Report of the Indian Hemp Drugs Commission, 1894-1895 - Volume VII
Year: 1894
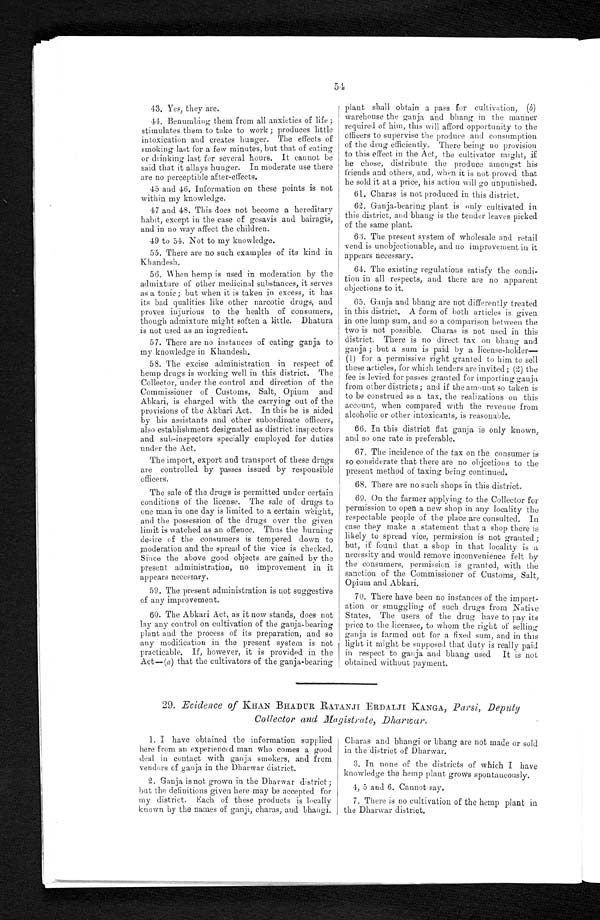
54
43. Yes, they are.
44. Benumbing them from all anxieties of life;
stimulates them to take to work; produces little
intoxication and creates hunger. The effects of
smoking last for a few minutes, but that of eating
or drinking last for several hours. It cannot be
said that it allays hunger. In moderate use there
are no perceptible after-effects.
45 and 46. Information on these points is not
within my knowledge.
47 and 48. This does not become a hereditary
habit, except in the case of gosavis and bairagis,
and in no way affect the children.
49 to 54. Not to my knowledge.
55. There are no such examples of its kind in
Khandesh.
56. When hemp is used in moderation by the
admixture of other medicinal substances, it serves
as a tonic; but when it is taken in excess, it has
its bad qualities like other narcotic drugs, and
proves injurious to the health of consumers,
though admixture might soften a little. Dhatura
is not used as an ingredient.
57. There are no instances of eating ganja to
my knowledge in Khandesh.
58. The excise administration in respect of
hemp drugs is working well in this district. The
Collector, under the control and direction of the
Commissioner of Customs, Salt, Opium and
Abkari, is charged with the carrying out of the
provisions of the Akbari Act. In this he is aided
by his assistants and other subordinate officers,
also establishment designated as district inspectors
and sub-inspectors specially employed for duties
under the Act.
The import, export and transport of these drugs
are controlled by passes issued by responsible
officers.
The sale of the drugs is permitted under certain
conditions of the license. The sale of drugs to
one man in one day is limited to a certain weight,
and the possession of the drugs over the given
limit is watched as an offence. Thus the burning
desire of the consumers is tempered down to
m oderation and the spread of the vice is checked.
Since the above good objects are gained by the
present administration, no improvement in it
appears necessary.
59. The present administration is not suggestive
of any improvement.
60. The Abkari Act, as it now stands, does not
lay any control on cultivation of the ganja-bearing
plant and the process of its preparation, and so
any modification in the present system is not
practicable. If, however, it is provided in the
Act—(a) that the cultivators of the ganja-bearing
plant shall obtain a pass for cultivation, - ( b)
warehouse the ganja and bhang in the manner
required of him, this will afford opportunity to the
officers to supervise the produce and consumption
of the drug efficiently. There being no provision
to this effect in the Act, the cultivator might, if
he chose, distribute the produce amongst his
friends and others, and, when it is not proved that
he sold it at a price, his action will go unpunished.
61. Charas is not produced in this district.
62. Ganja-bearing plant is only cultivated in
this district, and bhang is the tender leaves picked
of the same plant.
63. The present system of wholesale and retail
vend is unobjectionable, and no improvement in it
appears necessary.
64. The existing regulations satisfy the condi
-
t i o n i n a l l r e s p e c t s , a n d t h e r e a r e n o a p p a r e n t
objections to it.
65. Ganja and bhang are not differently treated
in this district. A form of both articles is given
in one lump sum, and so a comparison between the
two is not possible. Charas is not used in this
district. There is no direct tax on bhang and
ganja; but a sum is paid by a license-holder
—
(1) for a permissive right granted to him to sell
these articles, for which tenders are invited; (2) the
fee is levied for passes granted for importing ganja
from other districts; and if the amount so taken is
to be construed as a tax, the realizations on this
account, when compared with the revenue from
alcoholic or other intoxicants, is reasonable.
66. In this district flat ganja is only known,
and so one rate is preferable.
67. The incidence of the tax on the consumer is
so considerate that there are no objections to the
present method of taxing being continued.
68. There are no such shops in this district.
69. On the farmer applying to the Collector for
permission to open a new shop in any locality the
respectable people of the place are consulted. In
case they make a st atement that a shop
t h e r e i s
likely to spread vice, permission is not granted;
but, if found that a shop in that locality is a
necessity and would remove inconvenience felt by
the consumers, permission is granted, with the
sanction of the Commissioner of Customs, Salt,
Opium and Abkari.
70. There have been no instances of the import
-
a t i o n o r s m u g g l i n g o f s u c h d r u g s f r o m N a t i v e
States. The users of the drug have to pay its
price to the licensee, to whom the right of selling
ganja is farmed out for a fixed sum, and in this
light it might be supposed that duty is really paid
in respect to ganja and bhang used It is not
obtained without payment.
29. Evidence of KHAN BHADUR RATANJI ERDALJI KANGA, Parsi, Deputy
Collector and Magistrate, Dharwar.
1. I have obtained the information supplied
here from an experienced man who comes a good
deal in contact with ganja smokers, and from
vendors of ganja in the Dharwar district.
2. Ganja is not grown in the Dharwar district;
but the definitions given here may be accepted for
my district. Each of these products is locally
known by the names of ganji, charas, and bhangi.
Charas and bhangi or bhang are not made or sold
in the district of Dharwar.
3. In none of the districts of which I have
knowledge the hemp plant grows spontaneously.
4, 5 and 6. Cannot say.
7. There is no cultivation of the hemp plant in
the Dharwar district.